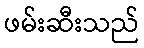
ဖမ်းဆီးသည်